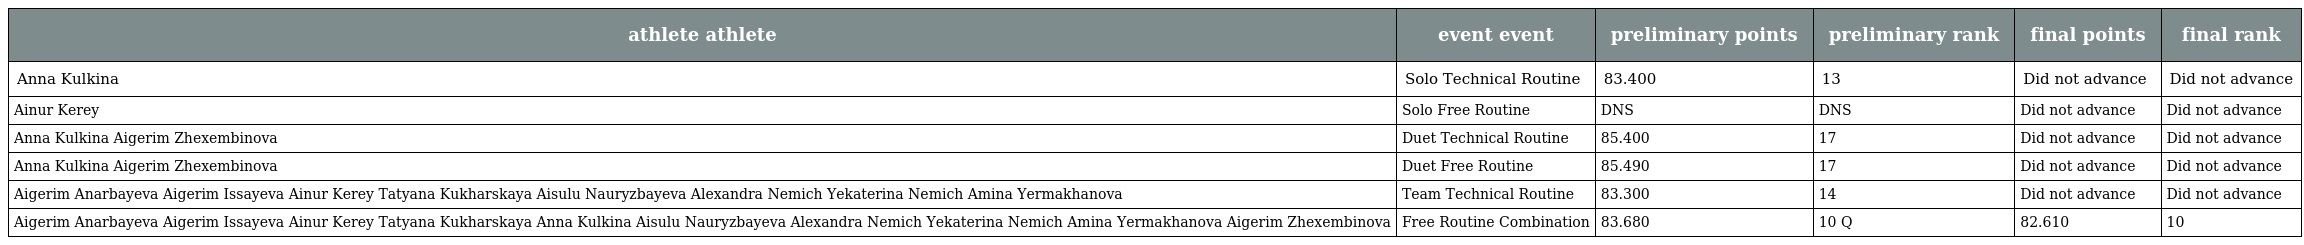
| athlete athlete | event event | preliminary points | preliminary rank | final points | final rank |
 | --- | --- | --- | --- | --- | --- |
 | Anna Kulkina | Solo Technical Routine | 83.400 | 13 | Did not advance | Did not advance |
 | Ainur Kerey | Solo Free Routine | DNS | DNS | Did not advance | Did not advance |
 | Anna Kulkina Aigerim Zhexembinova | Duet Technical Routine | 85.400 | 17 | Did not advance | Did not advance |
 | Anna Kulkina Aigerim Zhexembinova | Duet Free Routine | 85.490 | 17 | Did not advance | Did not advance |
 | Aigerim Anarbayeva Aigerim Issayeva Ainur Kerey Tatyana Kukharskaya Aisulu Nauryzbayeva Alexandra Nemich Yekaterina Nemich Amina Yermakhanova | Team Technical Routine | 83.300 | 14 | Did not advance | Did not advance |
 | Aigerim Anarbayeva Aigerim Issayeva Ainur Kerey Tatyana Kukharskaya Anna Kulkina Aisulu Nauryzbayeva Alexandra Nemich Yekaterina Nemich Amina Yermakhanova Aigerim Zhexembinova | Free Routine Combination | 83.680 | 10 Q | 82.610 | 10 |